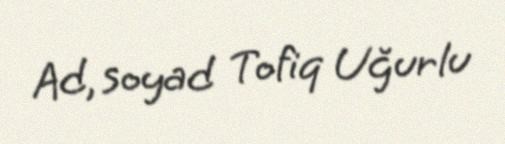
Ad, soyad Tofiq Uğurlu